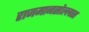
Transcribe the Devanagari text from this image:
राजमानसोल्लास